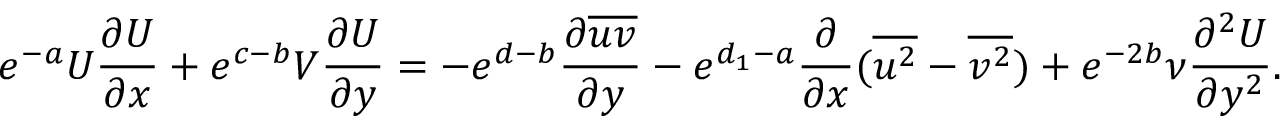
e ^ { - a } U \frac { \partial U } { \partial x } + e ^ { c - b } V \frac { \partial U } { \partial y } = - e ^ { d - b } \frac { \partial { \overline { { u v } } } } { \partial { y } } - e ^ { d _ { 1 } - a } \frac { \partial } { \partial x } ( \overline { { u ^ { 2 } } } - \overline { { v ^ { 2 } } } ) + e ^ { - 2 b } \nu \frac { \partial ^ { 2 } U } { \partial y ^ { 2 } } .